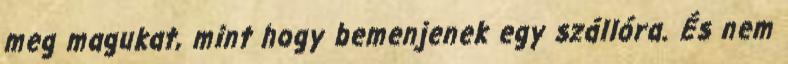
meg magukat, mint hogy bemenjenek egy szállóra. És nem